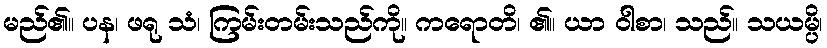
မည်၏။ ပန၊ ဖရု သံ၊ ကြမ်းတမ်းသည်ကို။ ကရောတိ၊ ၏။ ယာ ဝါစာ၊ သည်။ သယမ္ပိ၊